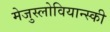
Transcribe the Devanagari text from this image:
मेजुस्लोवियान्स्की